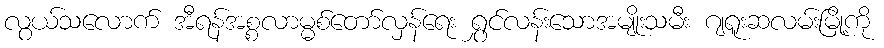
လွယ်သလောက် အီရန်အစ္စလာမ္မစ်တော်လှန်ရေး ရွှင်လန်းသောအမျိုးသမီး ဂျရူးဆလမ်းမြို့ကို